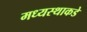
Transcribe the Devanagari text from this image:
मध्यस्थाकडे